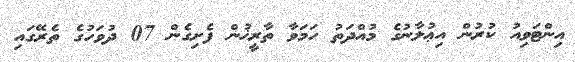
އިންޓަވިއު ކުރުން އިޢުލާނުގެ މުއްދަތު ހަމަވާ ތާރީޚުން ފެށިގެން 07 ދުވަހުގެ ތެރޭގައި